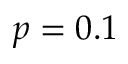
p = 0 . 1